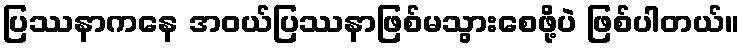
ပြဿနာကနေ အဝယ်ပြဿနာဖြစ်မသွားစေဖို့ပဲ ဖြစ်ပါတယ်။